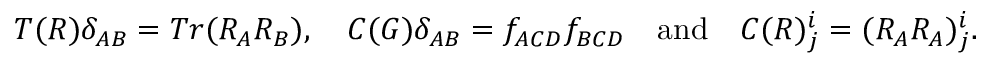
T ( R ) \delta _ { A B } = T r ( R _ { A } R _ { B } ) , \quad C ( G ) \delta _ { A B } = f _ { A C D } f _ { B C D } \quad \mathrm { a n d } \quad C ( R ) _ { j } ^ { i } = ( R _ { A } R _ { A } ) _ { j } ^ { i } .